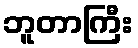
ဘူတာကြီး